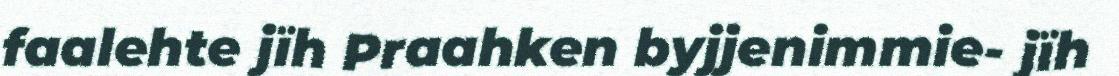
faalehte jïh Praahken byjjenimmie- jïh